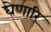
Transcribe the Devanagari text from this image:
घेणारि